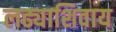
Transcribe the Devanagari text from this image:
लढ्याशिवाय